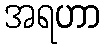
အရဟာ